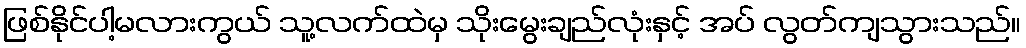
ဖြစ်နိုင်ပါ့မလားကွယ် သူ့လက်ထဲမှ သိုးမွေးချည်လုံးနှင့် အပ် လွတ်ကျသွားသည်။